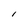
Character: l